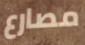
مصارع